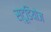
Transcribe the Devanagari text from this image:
स्‍टूडियोज